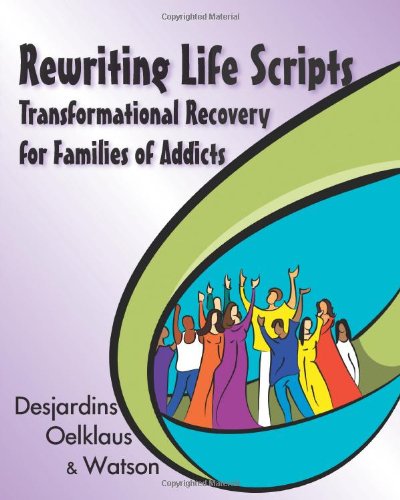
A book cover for Rewriting Life Scripts: Transformational Recovery for Families of Addicts (Life Scripts Recovery); Liliane Desjardins; Health, Fitness & Dieting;